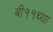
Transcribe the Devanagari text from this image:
बी११च्या